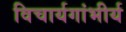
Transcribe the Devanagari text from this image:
विचार्यगांभीर्य